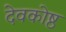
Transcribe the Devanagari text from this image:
देवकोष्ठ